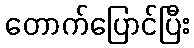
တောက်ပြောင်ပြီး